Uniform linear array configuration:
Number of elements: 32
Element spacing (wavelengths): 1
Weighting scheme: uniform
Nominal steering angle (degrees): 15
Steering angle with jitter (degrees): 13.723
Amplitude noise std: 0.05
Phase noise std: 0.05

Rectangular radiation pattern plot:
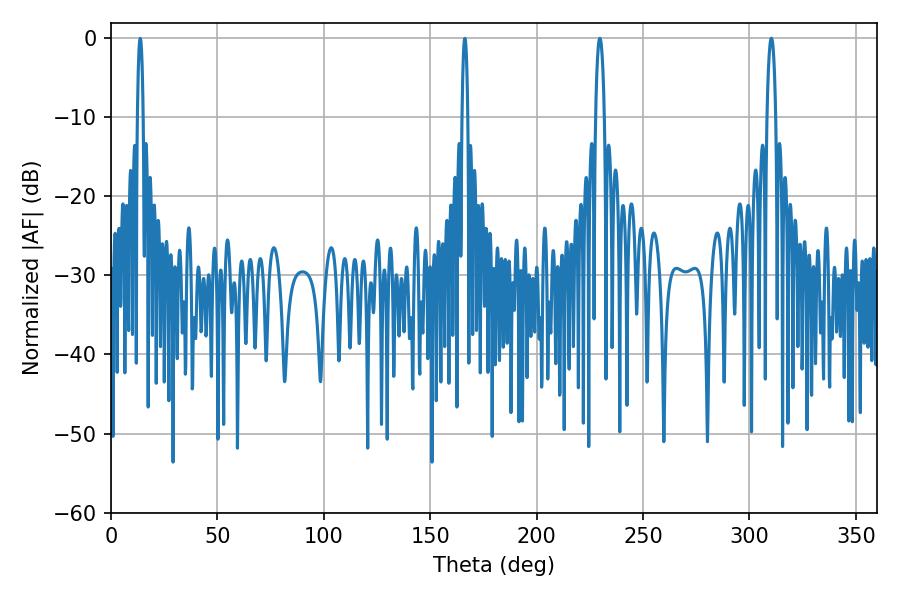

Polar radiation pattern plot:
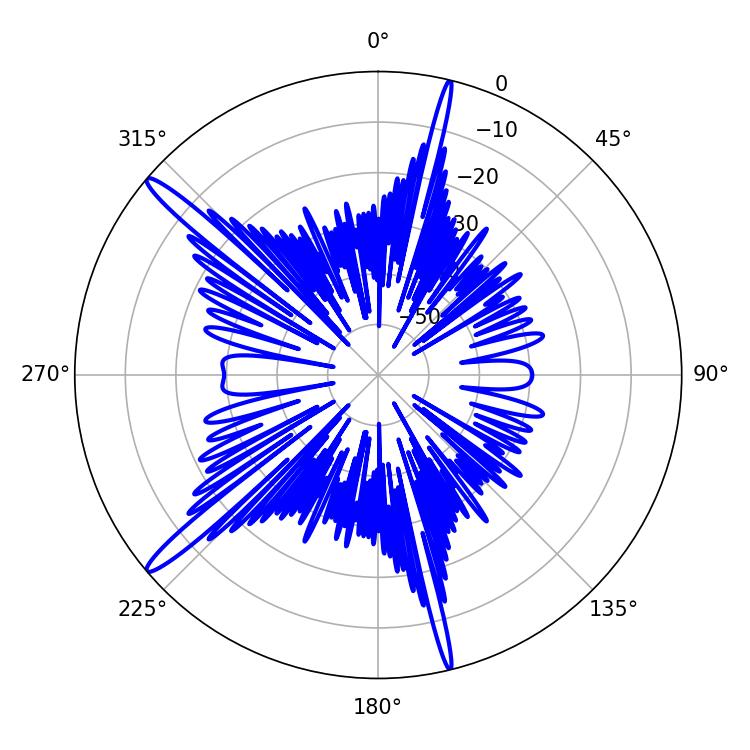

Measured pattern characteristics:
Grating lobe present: TRUE
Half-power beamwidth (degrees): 2.34
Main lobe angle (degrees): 229.68